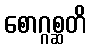
စောဂ္ဂစ္ဆတိ